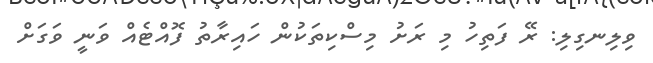
ވިލިނގިލި: ރޭ ފަތިހު މި ރަށު މިސްކިތަކުން ހައިރާތު ފޮއްޓެއް ވަނީ ވަގަށް